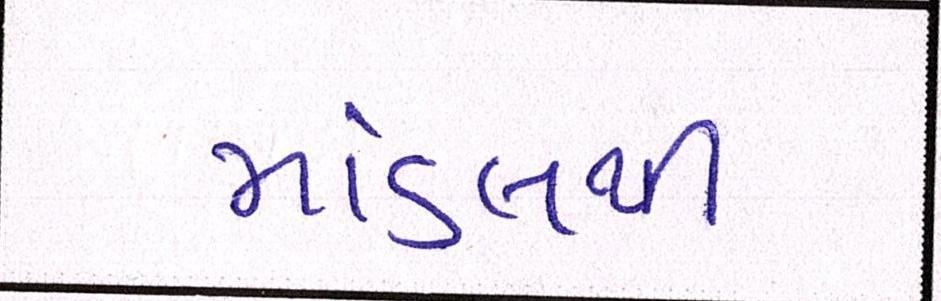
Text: માંડલથી